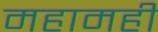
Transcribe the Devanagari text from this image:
महामही